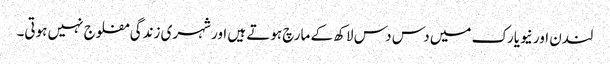
لندن اور نیویارک میں دس دس لاکھ کے مارچ ہوتے ہیں اور شہری زندگی مفلوج نہیں ہوتی۔